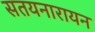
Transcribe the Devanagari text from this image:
सतयनारायन